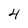
Character: 4